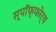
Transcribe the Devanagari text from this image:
स्पॉफ्फोर्थ